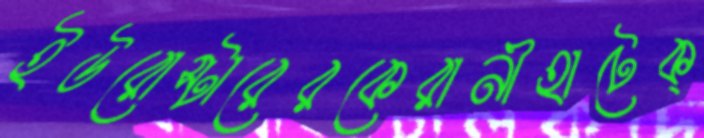
ইউরোস্টারেরকেরানীহাটেক্